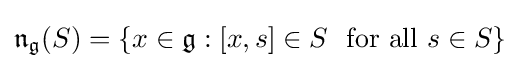
{\mathfrak {n}}_{\mathfrak {g}}(S)=\{x\in {\mathfrak {g}}:[x,s]\in S\ {\text{ for all}}\ s\in S\}